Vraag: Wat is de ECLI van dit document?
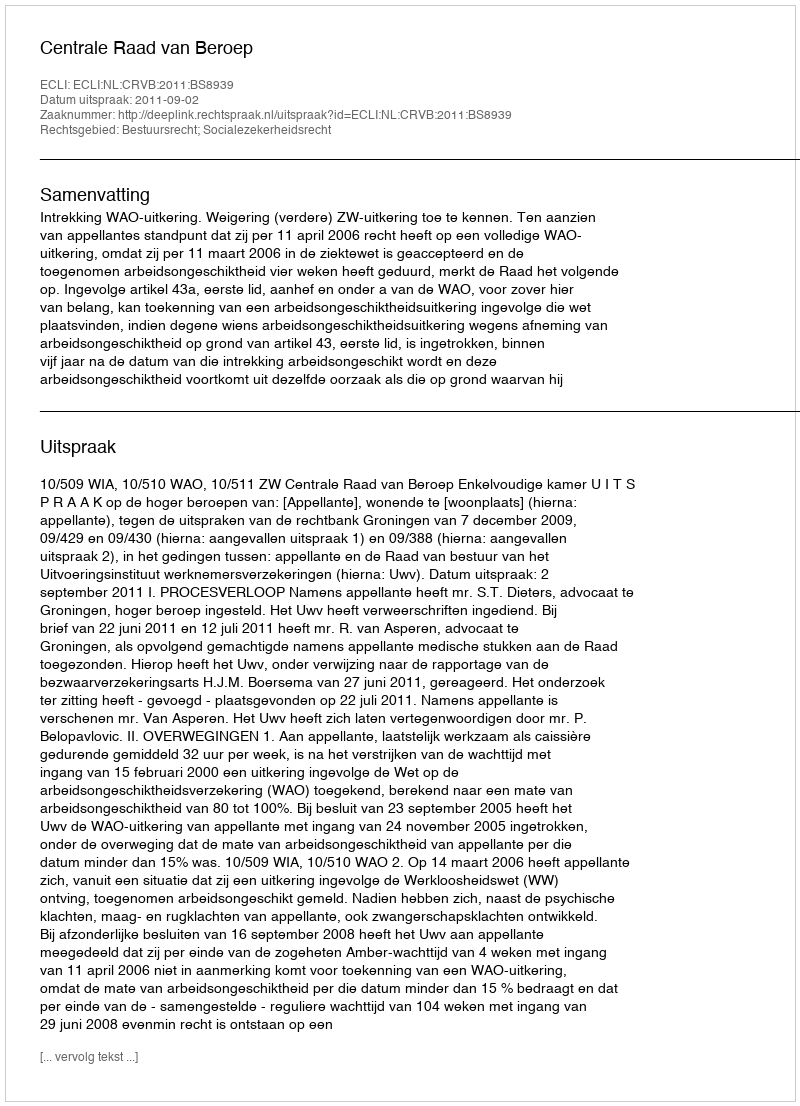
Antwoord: ECLI:NL:CRVB:2011:BS8939